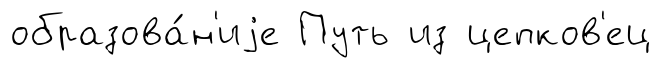
образова́н'иjе Путь из цепков'ец